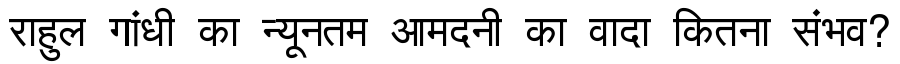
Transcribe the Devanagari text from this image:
राहुल गांधी का न्यूनतम आमदनी का वादा कितना संभव?